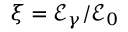
\xi = \mathcal { E } _ { \gamma } / \mathcal { E } _ { 0 }